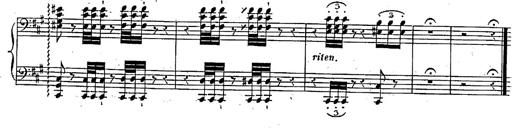
Title: Marche et Cavatine de Lucie de Lammermoor, S.398
Composer: Franz Liszt